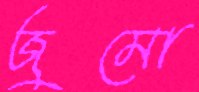
জুমো